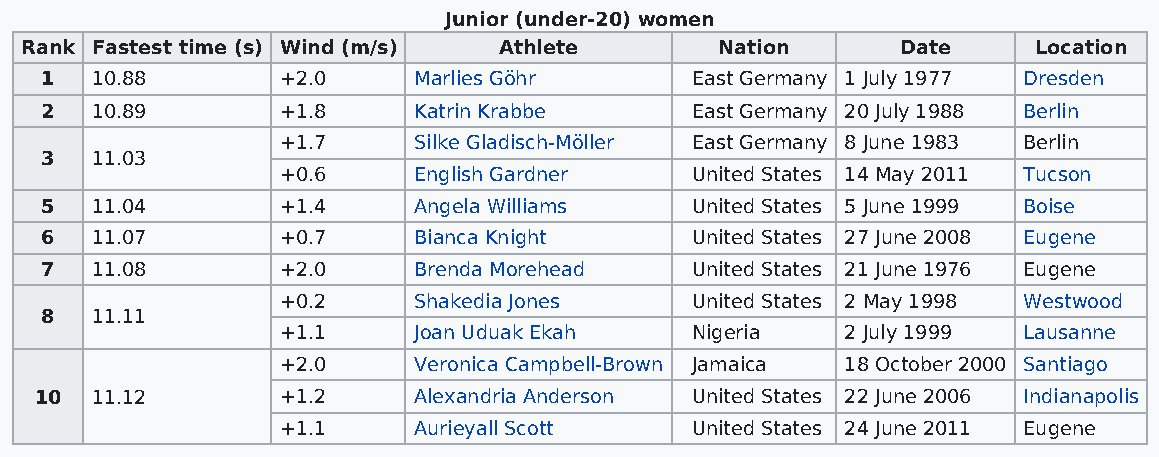
Junior (under-20) women
 Rank Fastest time (s) Wind (m/s) Athlete      Nation       Date    Location
 1  10.88        +2.0    Marlies Göhr       East Germany 1 July 1977 Dresden
 2  10.89        +1.8    Katrin Krabbe      East Germany 20 July 1988 Berlin
 +1.7    Silke Gladisch-Möller East Germany 8 June 1983 Berlin
 3  11.03
 +0.6    English Gardner    United States 14 May 2011 Tucson
 5  11.04        +1.4    Angela Williams    United States 5 June 1999 Boise
 6  11.07        +0.7    Bianca Knight      United States 27 June 2008 Eugene
 7  11.08        +2.0    Brenda Morehead    United States 21 June 1976 Eugene
 +0.2    Shakedia Jones     United States 2 May 1998 Westwood
 8  11.11
 +1.1    Joan Uduak Ekah    Nigeria   2 July 1999 Lausanne
 +2.0    Veronica Campbell-Brown Jamaica 18 October 2000 Santiago
 10  11.12        +1.2    Alexandria Anderson United States 22 June 2006 Indianapolis
 +1.1    Aurieyall Scott    United States 24 June 2011 Eugene